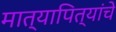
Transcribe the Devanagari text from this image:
मात्यापित्यांचे